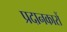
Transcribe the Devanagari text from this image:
प्रदानकारों